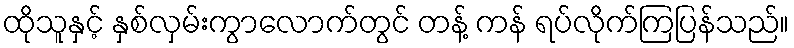
ထိုသူနှင့် နှစ်လှမ်းကွာလောက်တွင် တန့် ကန် ရပ်လိုက်ကြပြန်သည်။